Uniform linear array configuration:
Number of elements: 12
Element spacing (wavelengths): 0.25
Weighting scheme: exponential
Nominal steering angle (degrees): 45
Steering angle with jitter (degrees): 44.039
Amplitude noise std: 0.05
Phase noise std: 0.05

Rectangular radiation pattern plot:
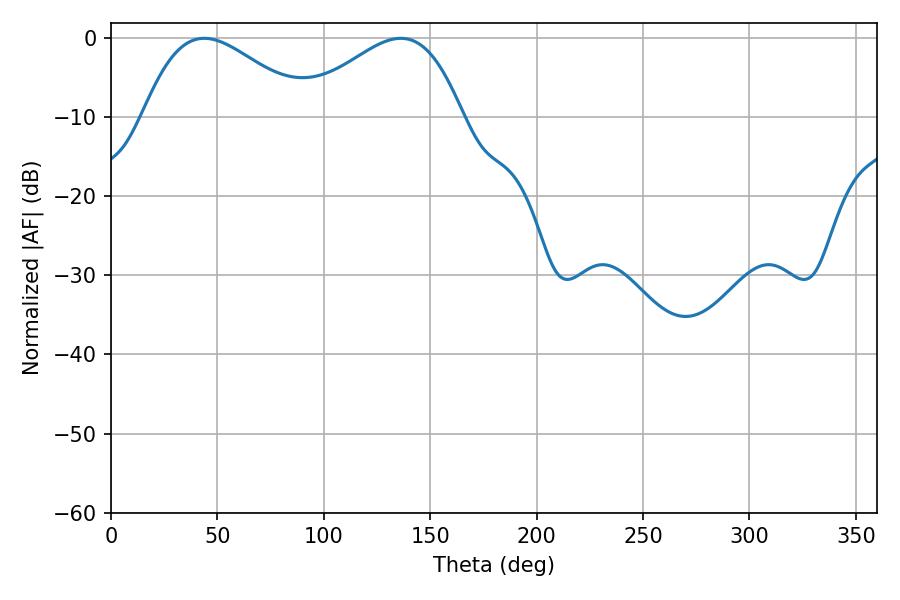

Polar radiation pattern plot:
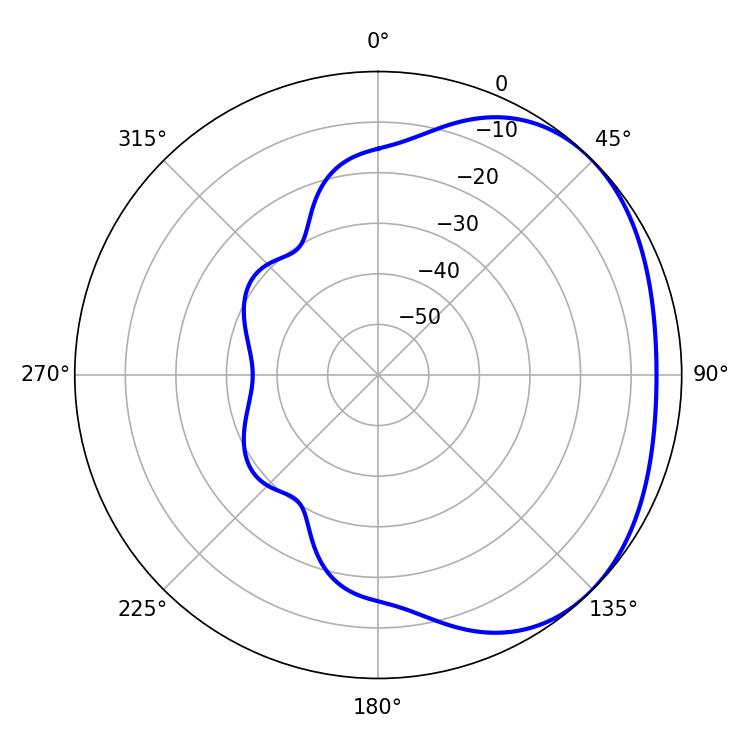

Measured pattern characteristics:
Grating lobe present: FALSE
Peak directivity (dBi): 2.4
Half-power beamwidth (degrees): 41.4
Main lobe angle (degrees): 43.74